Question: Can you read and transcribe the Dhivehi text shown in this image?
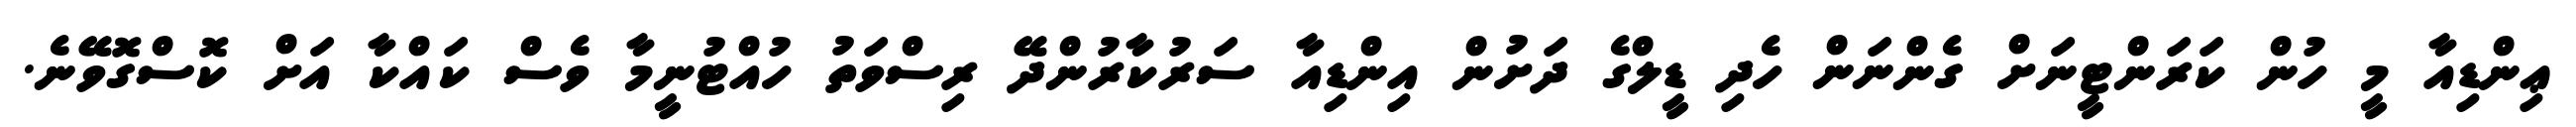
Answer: ޢިންޑިއާ މީ ހުން ކަރަންޓީނަށް ގެންނަން ހެދި ޑީލްގެ ދަށުން އިންޑިއާ ސަރުކާރުންދޭ ރިސްވަތު ހުއްޓުނީމާ ވެސް ކައްކާ އަށް ކޮސްގޮވޭނެ.